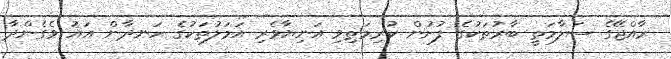
ރާއްޖޭގެ ސަލާމަތީ ބާރުތަކުގެ ފުށުން ކުރިމަތިވި އަނިޔާވެރި އަމަލުތަކުގެ ހަނދާން އައު ވެގެންދާ